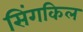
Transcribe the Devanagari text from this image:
सिंगकिल